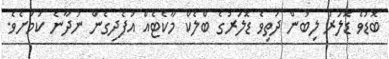
ބޮޑުވެ ޑޮލަރު ލިބުން ދަތިވެ ޑޮލަރުގެ ބްލެކް މާކެޓެއް އުފެދިގެން ނުދާނެ ކަމަށެވެ.